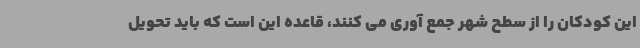
این کودکان را از سطح شهر جمع آوری می کنند، قاعده این است که باید تحویل